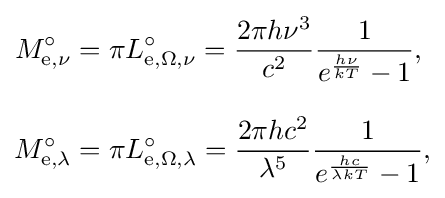
{\begin{aligned}M_{\mathrm {e} ,\nu }^{\circ }&=\pi L_{\mathrm {e} ,\Omega ,\nu }^{\circ }={\frac {2\pi h\nu ^{3}}{c^{2}}}{\frac {1}{e^{\frac {h\nu }{kT}}-1}},\\[8pt]M_{\mathrm {e} ,\lambda }^{\circ }&=\pi L_{\mathrm {e} ,\Omega ,\lambda }^{\circ }={\frac {2\pi hc^{2}}{\lambda ^{5}}}{\frac {1}{e^{\frac {hc}{\lambda kT}}-1}},\end{aligned}}